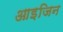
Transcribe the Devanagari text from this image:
आइजिन